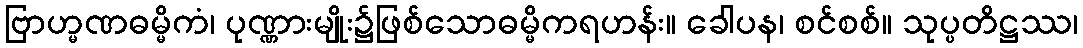
ဗြာဟ္မဏဓမ္မိကံ၊ ပုဏ္ဏားမျိုး၌ဖြစ်သောဓမ္မိကရဟန်း။ ခေါပန၊ စင်စစ်။ သုပ္ပတိဋ္ဌဿ၊